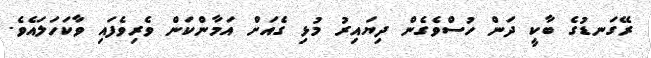
ރޭގަނޑުގެ ބާކީ ދަން ހުސްވެގެން ދިޔައިރު މުޅި ގެއަށް އަމާންކަން ވެރިވެފައި ވާކަހަލައެވެ.